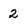
Character: 2